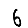
Digit: 6